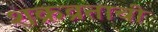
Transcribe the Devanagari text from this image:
शक्रव्रताची